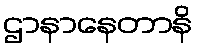
ဌာနာနေတာနိ